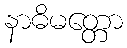
နာဓိမတ္တော